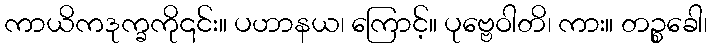
ကာယိကဒုက္ခကို၎င်း။ ပဟာနယ၊ ကြောင့်။ ပုဗ္ဗေဝါတိ၊ ကား။ တဉ္စခေါ၊